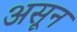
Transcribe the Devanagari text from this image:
असून